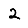
Digit: 2